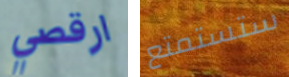
ارقصي ستستمتع